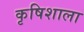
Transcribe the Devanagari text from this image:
कृषिशाला